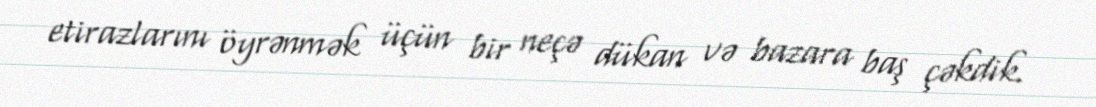
etirazlarını öyrənmək üçün bir neçə dükan və bazara baş çəkdik.